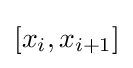
[x_{i},x_{i+1}]